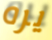
يره